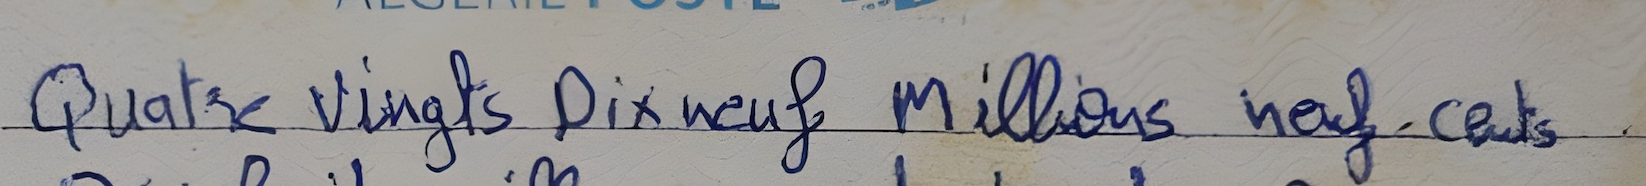
Quatre Vingts Dix neuf Millions neuf cents